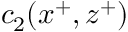
c _ { 2 } ( x ^ { + } , z ^ { + } )